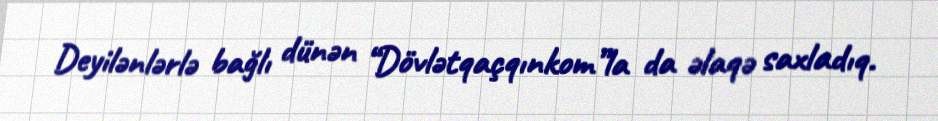
Deyilənlərlə bağlı dünən “Dövlətqaçqınkom”la da əlaqə saxladıq.